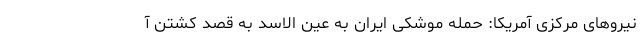
نیروهای مرکزی آمریکا: حمله موشکی ایران به عین الاسد به قصد کشتن آ